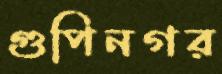
গুপিনগর